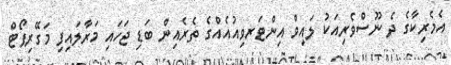
އެމެރިކާގެ ދެ ނޫސްވެރިއަކު ލައިވް އިންޓަރވިއުއެއްގެ ތެރެއިން ބަޑި ޖަހައި މަރާލައިފި މަގޭރިޕޯޓް